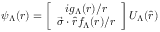
\psi _ { \Lambda } ( r ) = \left[ \begin{array} { c } { { i g _ { \Lambda } ( r ) / r } } \\ { { \vec { \sigma } \cdot \widehat { r } f _ { \Lambda } ( r ) / r } } \end{array} \right] U _ { \Lambda } ( \widehat { r } )